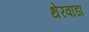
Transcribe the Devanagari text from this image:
थेरवाडा